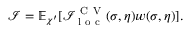
\mathcal { I } = \mathbb { E } _ { \chi ^ { \prime } } [ \mathcal { I } _ { \mathrm { ~ l ~ o ~ c ~ } } ^ { \mathrm { ~ C ~ V ~ } } ( \sigma , \eta ) w ( \sigma , \eta ) ] .